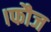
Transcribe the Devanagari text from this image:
।फौज